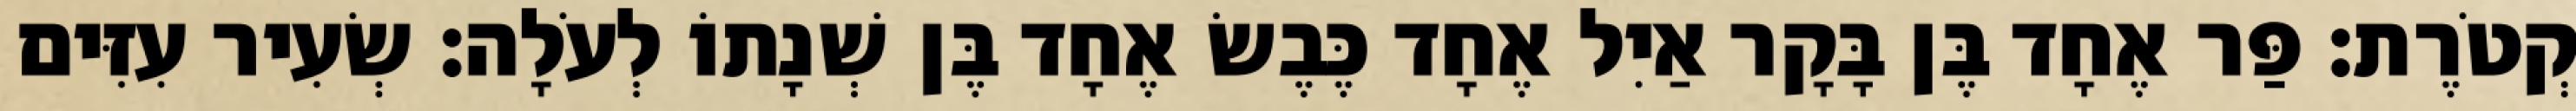
קְטֹרֶת׃ פַּר אֶחָד בֶּן בָּקָר אַיִל אֶחָד כֶּבֶשׂ אֶחָד בֶּן שְׁנָתוֹ לְעֹלָה׃ שְׂעִיר עִזִּים